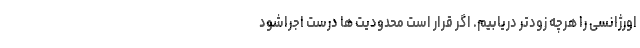
اورژانسی را هرچه زودتر دریابیم. اگر قرار است محدودیت ها درست اجراشود